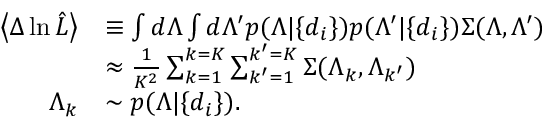
\begin{array} { r l } { \left\langle \Delta \ln \hat { \cal L } \right\rangle } & { \equiv \int d \Lambda \int d \Lambda ^ { \prime } p ( \Lambda | \{ d _ { i } \} ) p ( \Lambda ^ { \prime } | \{ d _ { i } \} ) \Sigma ( \Lambda , \Lambda ^ { \prime } ) } \\ & { \approx \frac { 1 } { K ^ { 2 } } \sum _ { k = 1 } ^ { k = K } \sum _ { k ^ { \prime } = 1 } ^ { k ^ { \prime } = K } \Sigma ( \Lambda _ { k } , \Lambda _ { k ^ { \prime } } ) } \\ { \Lambda _ { k } } & { \sim p ( \Lambda | \{ d _ { i } \} ) . } \end{array}